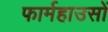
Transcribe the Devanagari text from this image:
फार्महाउसों